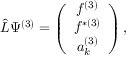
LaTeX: \hat { L } \Psi ^ { ( 3 ) } = \left( \begin{array} { c } { { f ^ { ( 3 ) } } } \\ { { f ^ { \ast ( 3 ) } } } \\ { { a _ { k } ^ { ( 3 ) } } } \end{array} \right) ,